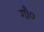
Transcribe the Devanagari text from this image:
गौ०